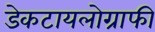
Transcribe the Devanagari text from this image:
डेकटायलोग्राफी